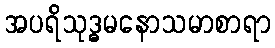
အပရိသုဒ္ဓမနောသမာစာရာ